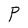
Character: P